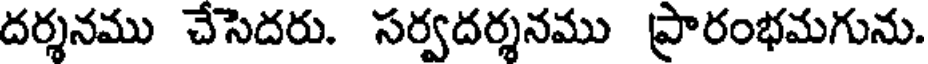
దర్శనము చేసెదరు. సర్వదర్శనము ప్రారంభమగును.